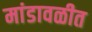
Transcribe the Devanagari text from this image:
मांडावळीत